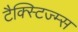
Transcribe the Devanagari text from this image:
टैक्स्टिज्म्स